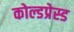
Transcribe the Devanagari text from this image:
कोल्डप्रेस्ड